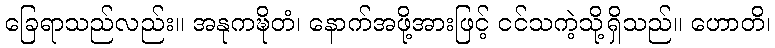
ခြေရာသည်လည်း။ အနုကဍ္ဎိတံ၊ နောက်အဖို့အားဖြင့် ငင်သကဲ့သို့ရှိသည်။ ဟောတိ၊